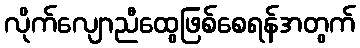
လိုက်လျောညီထွေဖြစ်စေရန်အတွက်